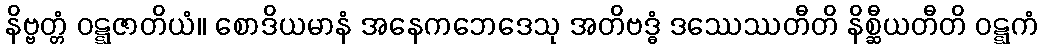
နိဗ္ဗတ္တံ ဝဋ္ဋဇာတိယံ။ စောဒိယမာနံ အနေကဘေဒေသု အတိဗဒ္ဓံ ဒဿေဿတီတိ နိစ္ဆီယတီတိ ဝဋ္ဋကံ